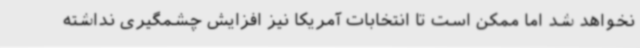
نخواهد شد اما ممکن است تا انتخابات آمریکا نیز افزایش چشمگیری نداشته